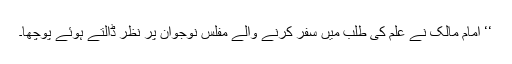
‘‘ امام مالکؒ نے علم کی طلب میں سفر کرنے والے مفلس نوجوان پر نظر ڈالتے ہوئے پوچھا۔